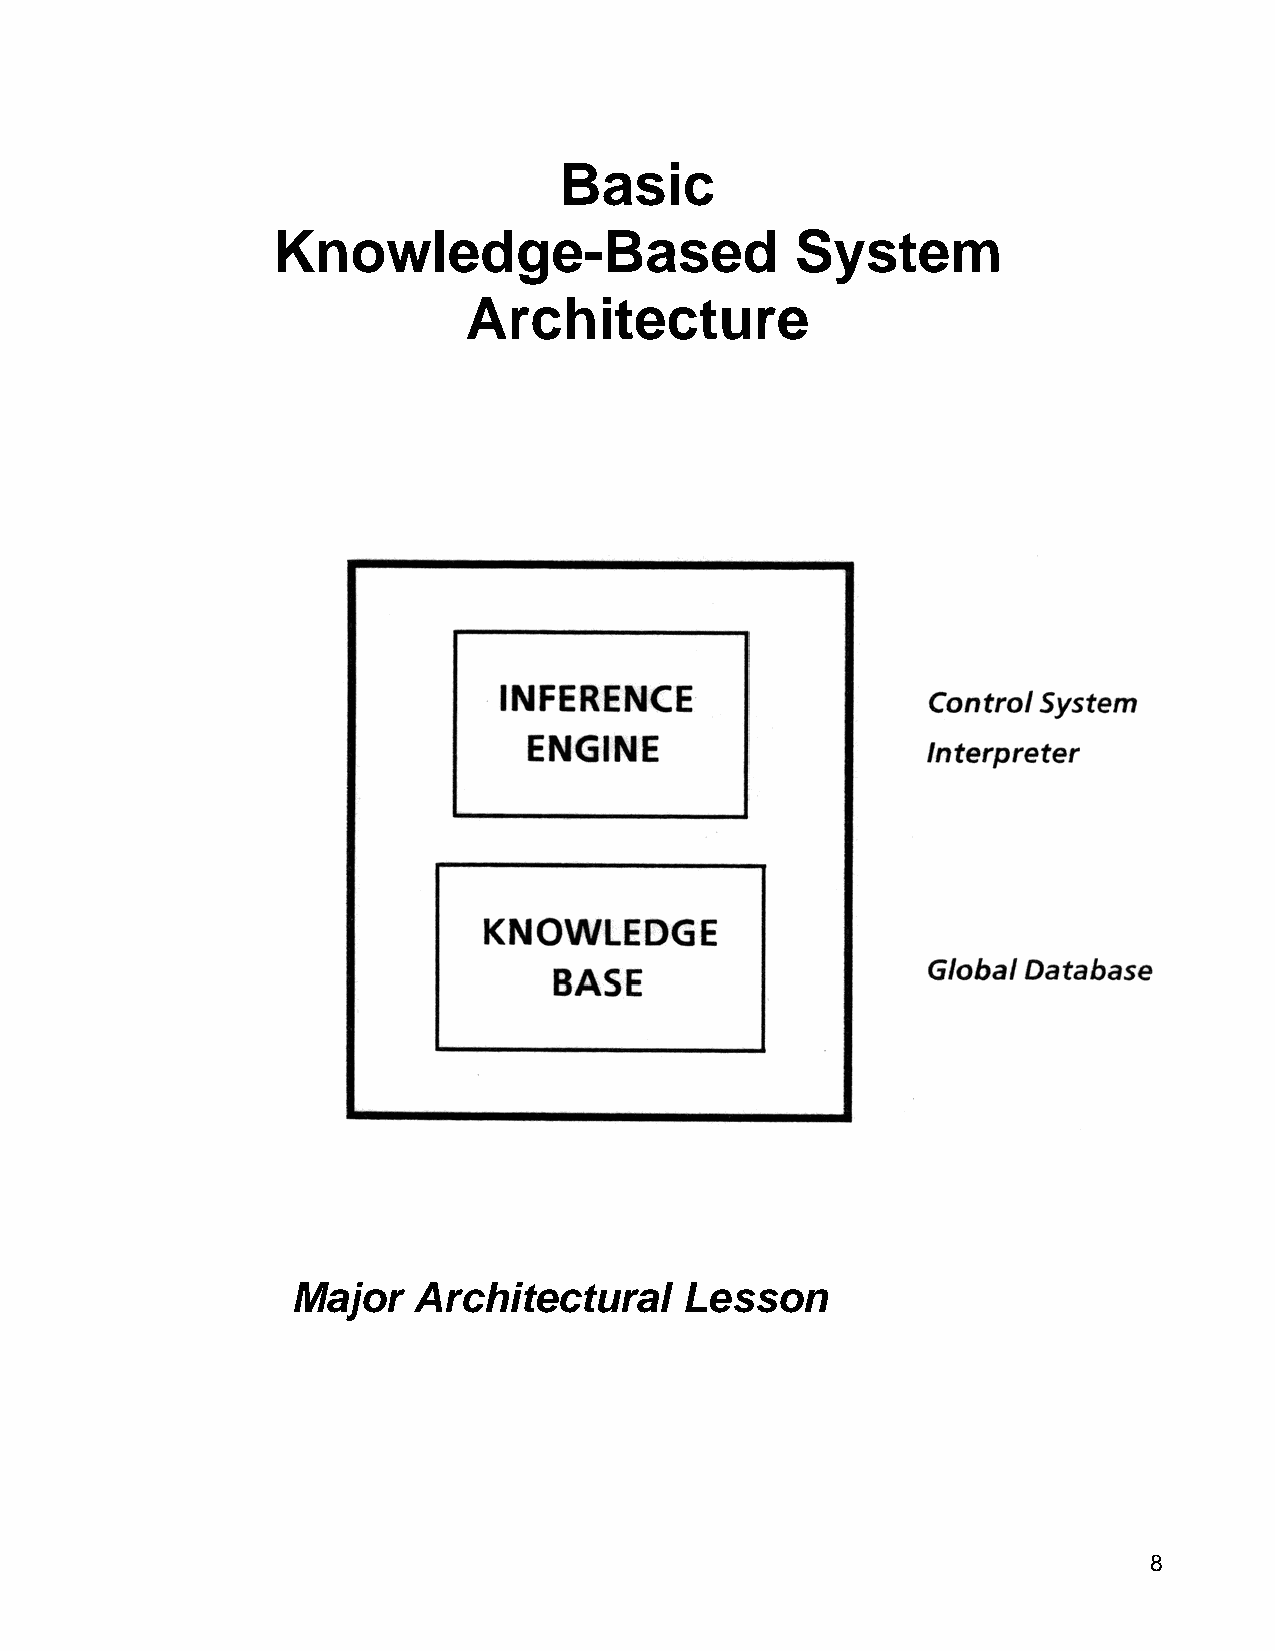
Basic
 Knowledge-Based                    System
 Architecture
 Major   Architectural     Lesson
 8